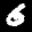
Label: 6